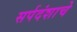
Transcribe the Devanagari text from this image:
सर्पदंशाचे